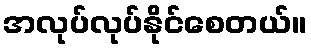
အလုပ်လုပ်နိုင်စေတယ်။